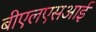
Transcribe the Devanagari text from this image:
बीएलएसआई